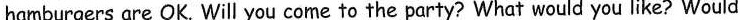
hamburgers are OK. Will you come to the party? What would you like? Would